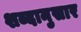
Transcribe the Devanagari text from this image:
शब्दानुसार